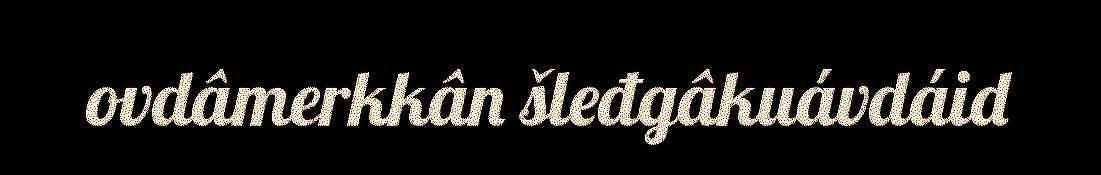
ovdâmerkkân šleđgâkuávdáid